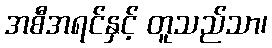
အစီအရင်နှင့် တူသည်သာ၊